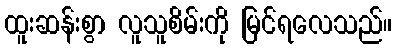
ထူးဆန်းစွာ လူသူစိမ်းကို မြင်ရလေသည်။